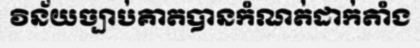
វិន័យច្បាប់គាតបានកំណត់ដាក់តាំង